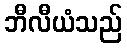
ဘီလီယံသည်